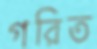
গরিত